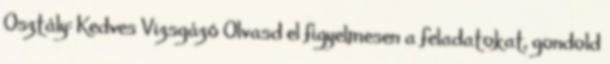
Osztály: Kedves Vizsgázó Olvasd el figyelmesen a feladatokat, gondold